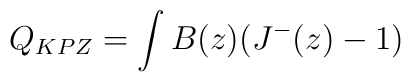
Q_{KPZ} = \int B(z) (J^-(z) - 1)